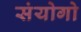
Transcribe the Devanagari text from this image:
संयोगो